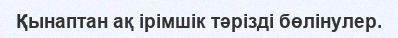
Қынаптан ақ ірімшік тәрізді бөлінулер.